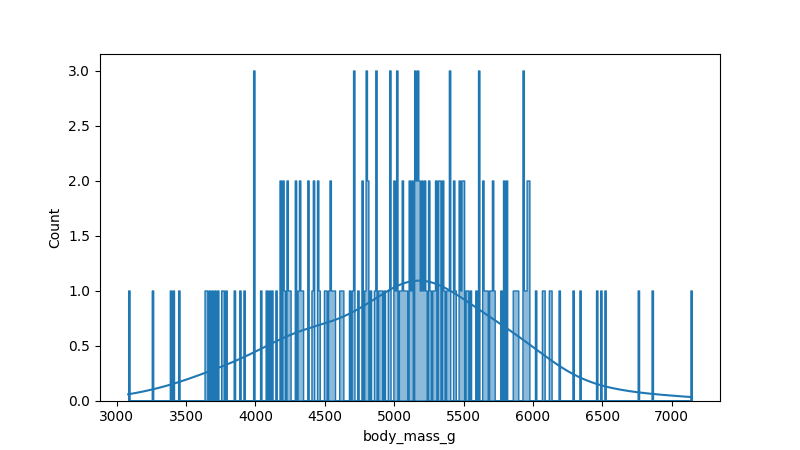
python, seaborn, histplot, hue='all', binwidth=10, bins='auto', element='step'